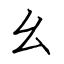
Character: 幺